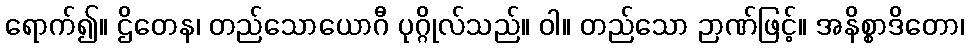
ရောက်၍။ ဌိတေန၊ တည်သောယောဂီ ပုဂ္ဂိုလ်သည်။ ဝါ။ တည်သော ဉာဏ်ဖြင့်။ အနိစ္စာဒိတော၊